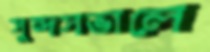
সুন্দসভালে